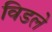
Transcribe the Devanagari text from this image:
विडले